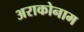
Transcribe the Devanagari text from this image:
अराकोनाम